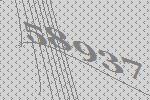
58937